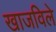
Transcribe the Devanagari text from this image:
खाजविले